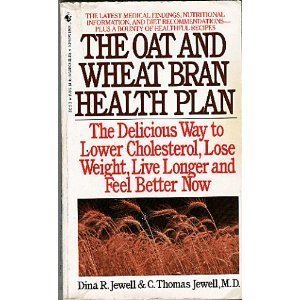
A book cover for The Oat and Wheat Bran Health Plan: The Delicious Way to Lower Cholesterol...; Dina R. Jewell; Health, Fitness & Dieting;